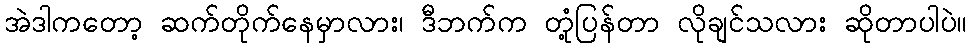
အဲဒါကတော့ ဆက်တိုက်နေမှာလား၊ ဒီဘက်က တုံ့ပြန်တာ လိုချင်သလား ဆိုတာပါပဲ။